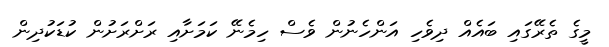
މީގެ ތެރޭގައި ބައެއް ދިވެހި އަންހެނުން ވެސް ހިމެނޭ ކަމަށާއި ރަށްރަށުން ކުޑަކުދިން